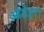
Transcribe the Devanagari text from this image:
ओडेइरा